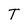
Character: T